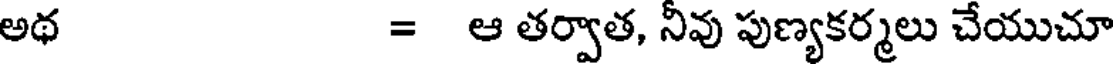
అథ = ఆ తర్వాత, నీవు పుణ్యకర్మలు చేయుచూ